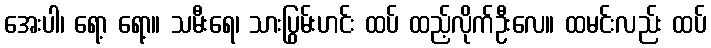
အေးပါ၊ ရော့ ရော့။ သမီးရေ၊ သားပြွမ်းဟင်း ထပ် ထည့်လိုက်ဦးလေ။ ထမင်းလည်း ထပ်